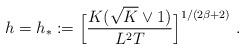
LaTeX: \begin{align*}h= h_* := \Big[\frac{K (\sqrt{K}\vee 1)}{L^2 T}\Big]^{1/(2\beta+2)}~.\end{align*}